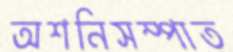
অশনিসম্পাত